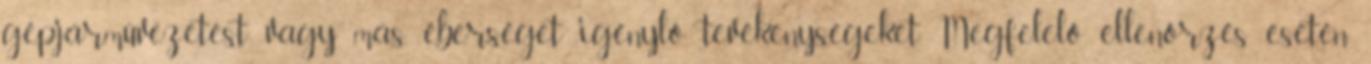
gépjárművezetést vagy más, éberséget igénylő tevékenységeket. Megfelelő ellenőrzés esetén